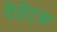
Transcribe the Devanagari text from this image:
पेंडेंट्स